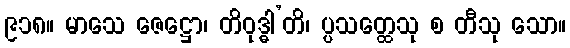
၉၁၈။ မာသေ ဇေဋ္ဌော၊ တိဝုဒ္ဓါ’တိ၊ ပ္ပသတ္ထေသု စ တီသု သော။